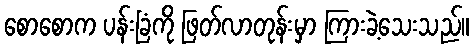
စောစောက ပန်းခြံကို ဖြတ်လာတုန်းမှာ ကြားခဲ့သေးသည်။